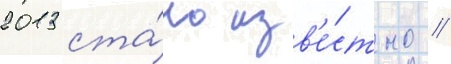
2013 ста́ло изв'е́стно /